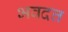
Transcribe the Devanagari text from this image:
भवदत्त